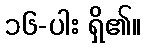
၁၆-ပါး ရှိ၏။